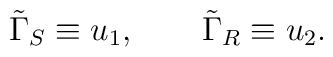
\tilde \Gamma _S \equiv u_1, \qquad \tilde \Gamma _R \equiv u_2.